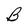
Character: B